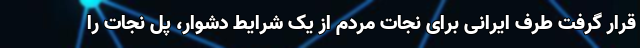
قرار گرفت طرف ایرانی برای نجات مردم از یک شرایط دشوار، پل نجات را